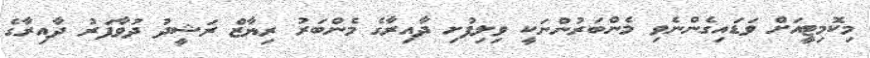
މިކޮމިޓީއަށް ވަޑައިގެންނެވި މެންބަރުންނަކީ ވިލިފުށި ދާއިރާގެ މެންބަރު ރިޔާޒް ރަޝީދު ދުވާފަރު ދާއިރާގެ